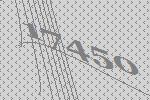
17450